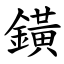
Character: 鐄